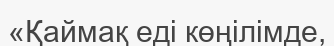
«Қаймақ еді көңілімде,